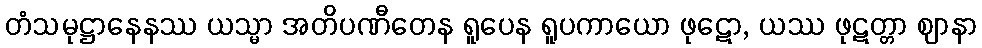
တံသမုဋ္ဌာနေနဿ ယသ္မာ အတိပဏီတေန ရူပေန ရူပကာယော ဖုဋော, ယဿ ဖုဋတ္တာ ဈာနာ